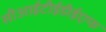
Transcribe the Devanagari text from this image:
सीआईटीईडीईएफ